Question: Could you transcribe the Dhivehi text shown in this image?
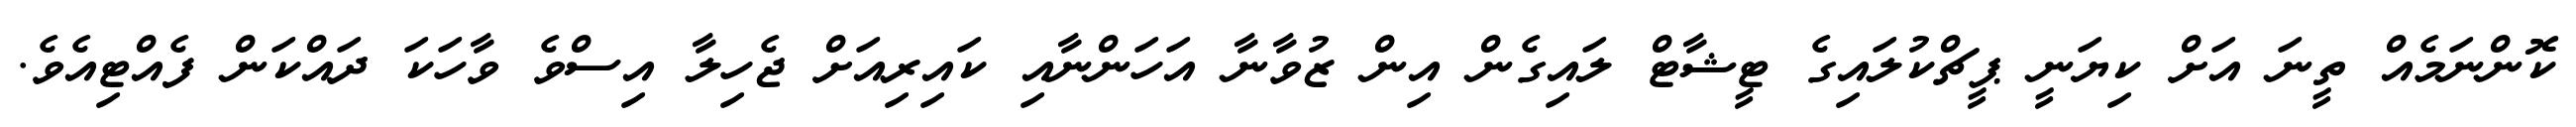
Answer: ކޮންނަމެއް ތީނަ އަށް ކިޔަނީ ޕީޗްކުލައިގެ ޓީޝާޓް ލައިގެން އިން ޒުވާނާ އަހަންނާއި ކައިރިއަށް ޖެހިލާ އިސްވެ ވާހަކަ ދައްކަން ފެއްޓިއެވެ.